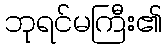
ဘုရင်မကြီး၏